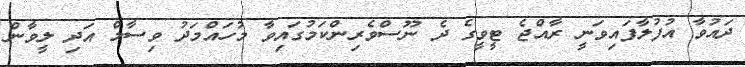
ދައުވާ އުފުލާފައިވަނީ ރާއްޖެ ޓީވީގެ ދެ ނޫސްވެރިންކަމުގައިވާ މުހައްމަދު ވިސާމް އަދި ލީވާން